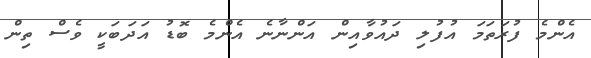
އެންމެ ފުރަތަމަ އުފުލި ދައުވާއިން އަންނާނެ އެންމެ ބޮޑު އަދަބަކީ ވެސް ތިން